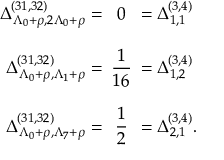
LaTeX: \begin{array} { r c l } { { \Delta _ { \Lambda _ { 0 } + \rho , 2 \Lambda _ { 0 } + \rho } ^ { ( 3 1 , 3 2 ) } = } } & { { \! \! \! 0 \! \! \! } } & { { = \Delta _ { 1 , 1 } ^ { ( 3 , 4 ) } } } \\ { { } } & { { } } & { { } } \\ { { \Delta _ { \Lambda _ { 0 } + \rho , \Lambda _ { 1 } + \rho } ^ { ( 3 1 , 3 2 ) } = } } & { { \displaystyle \! \! \! \frac { 1 } { 1 6 } \! \! \! } } & { { = \Delta _ { 1 , 2 } ^ { ( 3 , 4 ) } } } \\ { { } } & { { } } & { { } } \\ { { \Delta _ { \Lambda _ { 0 } + \rho , \Lambda _ { 7 } + \rho } ^ { ( 3 1 , 3 2 ) } = } } & { { \displaystyle \! \! \! \frac { 1 } { 2 } \! \! \! } } & { { = \Delta _ { 2 , 1 } ^ { ( 3 , 4 ) } . } } \end{array}